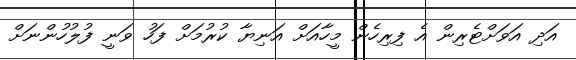
އަދި އަވަށްޓެރިން އެ ފިރިހެން މީހާއަށް އަނިޔާ ކުރުމަށް ފަހު ވަނީ ފުލުހުންނަށް